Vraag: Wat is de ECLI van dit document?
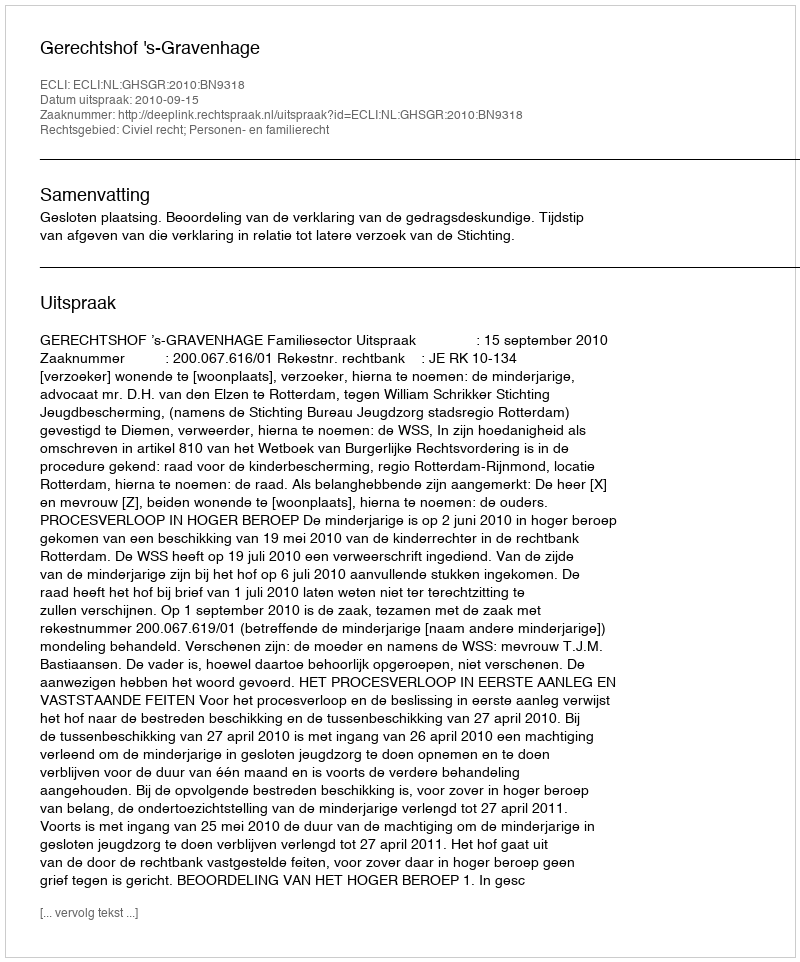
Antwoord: ECLI:NL:GHSGR:2010:BN9318